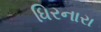
ધિરનારા